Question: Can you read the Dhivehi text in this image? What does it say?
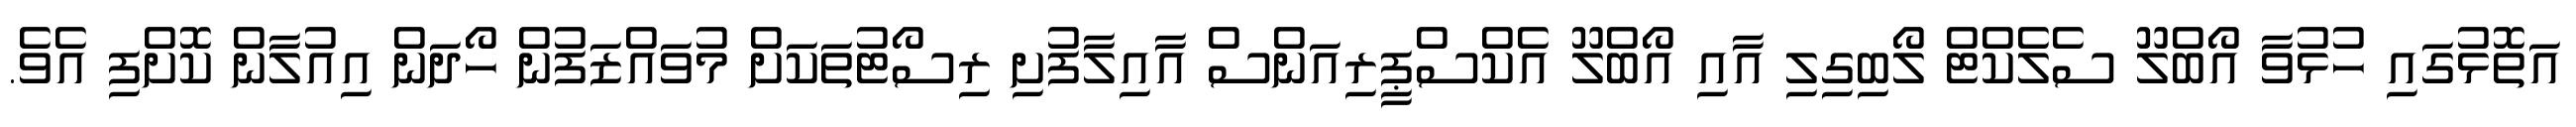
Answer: އަތޮޅުގައި ހުޅުވާ އޯބްލޫ ސެލެކްޓް ލޯބިގިލި އާއި އޯބްލޫ އެކްސްޕީރިއަންސް އާއިލާފުށި ރިސޯޓުތަކަށް މުވައްޒަފުން ހޯދަން އިއުލާން ކޮށްފި އެވެ.